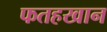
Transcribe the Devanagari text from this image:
फतहखान